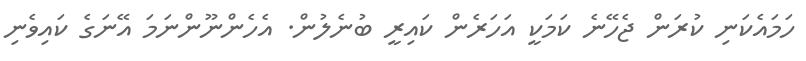
ހަމައެކަނި ކުރަން ޖެހޭނެ ކަމަކީ އަހަރެން ކައިރީ ބުނެލުން. އެހެންނޫންނަމަ އޭނަގެ ކައިވެނި